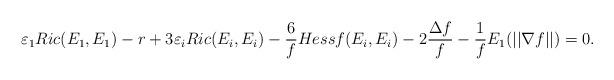
LaTeX: \begin{align*}\varepsilon_1Ric(E_1,E_1)-r+ 3\varepsilon_iRic(E_i,E_i)-\frac{6}{f}Hessf(E_i,E_i)-2\frac{\Delta f}{f}-\frac{1}{f}E_1(||\nabla f||)=0.\end{align*}